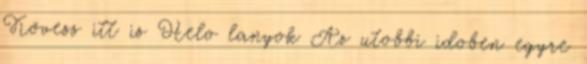
Kövess itt is Helo lanyok Az utobbi idoben egyre